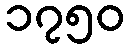
၁၇၅၀